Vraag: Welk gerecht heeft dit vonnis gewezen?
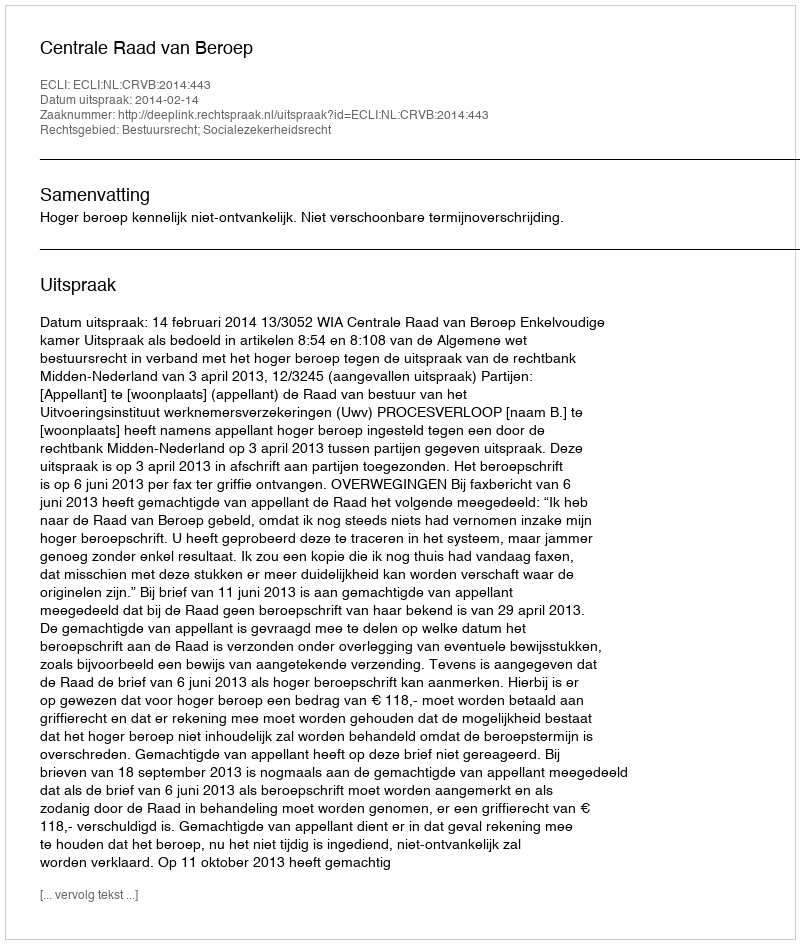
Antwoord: Centrale Raad van Beroep